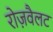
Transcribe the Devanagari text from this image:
रोज़वैलट